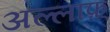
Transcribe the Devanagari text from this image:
अल्लाफ़्‌